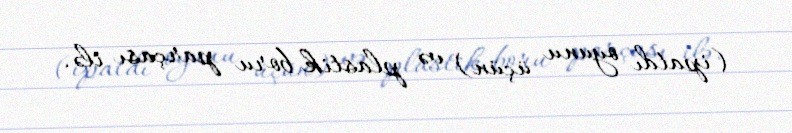
(ipatdı oyunu üçün) və plastik boru parçası ilə.